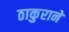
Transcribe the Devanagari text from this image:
ठाकुराने